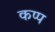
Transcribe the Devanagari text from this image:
कप्प